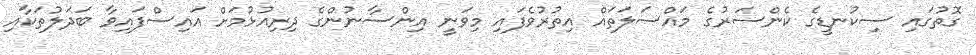
ގޮތުގައި ސިކުނޑީގެ ކެންސަރުގެ މައްސަލަތައް އިތުރުވެފައި މިވަނީ އިންސާނުންގެ ދިރިއުޅުމަށް އައިސްފައިވާ ބަދަލުތަކާއި